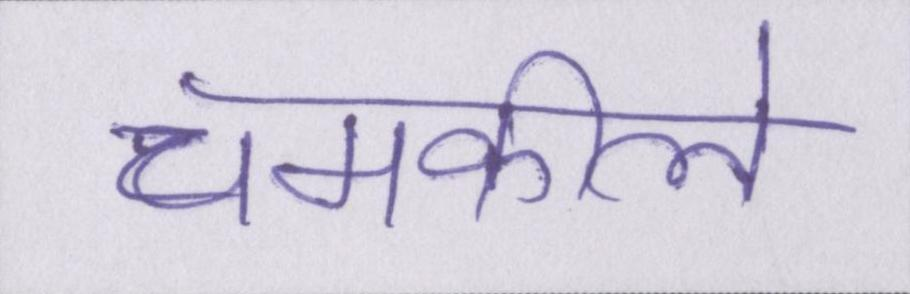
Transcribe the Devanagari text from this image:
चमकीले